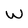
Character: W